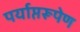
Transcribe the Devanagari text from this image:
पर्याप्तरूपेण